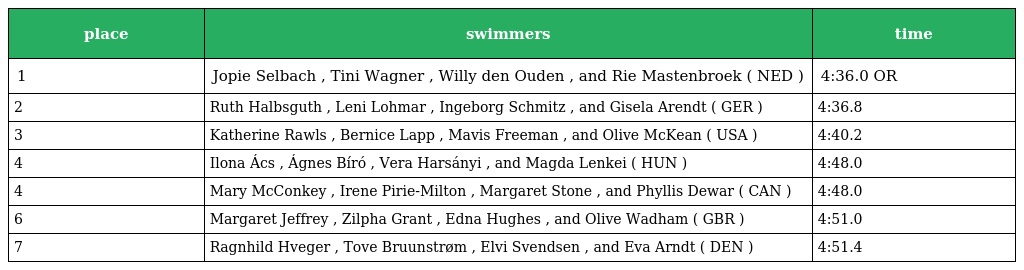
| place | swimmers | time |
 | --- | --- | --- |
 | 1 | Jopie Selbach , Tini Wagner , Willy den Ouden , and Rie Mastenbroek ( NED ) | 4:36.0 OR |
 | 2 | Ruth Halbsguth , Leni Lohmar , Ingeborg Schmitz , and Gisela Arendt ( GER ) | 4:36.8 |
 | 3 | Katherine Rawls , Bernice Lapp , Mavis Freeman , and Olive McKean ( USA ) | 4:40.2 |
 | 4 | Ilona Ács , Ágnes Bíró , Vera Harsányi , and Magda Lenkei ( HUN ) | 4:48.0 |
 | 4 | Mary McConkey , Irene Pirie-Milton , Margaret Stone , and Phyllis Dewar ( CAN ) | 4:48.0 |
 | 6 | Margaret Jeffrey , Zilpha Grant , Edna Hughes , and Olive Wadham ( GBR ) | 4:51.0 |
 | 7 | Ragnhild Hveger , Tove Bruunstrøm , Elvi Svendsen , and Eva Arndt ( DEN ) | 4:51.4 |